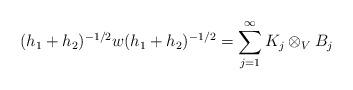
LaTeX: \begin{align*}(h_1+h_2)^{-1/2}w (h_1+h_2)^{-1/2}=\sum_{j=1}^\infty K_j \otimes_V B_j\end{align*}